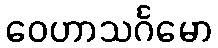
ဝေဟာသင်္ဂမော